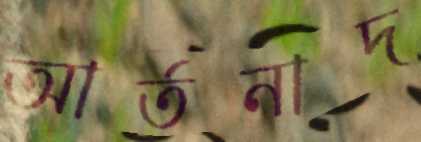
আর্তনাদ